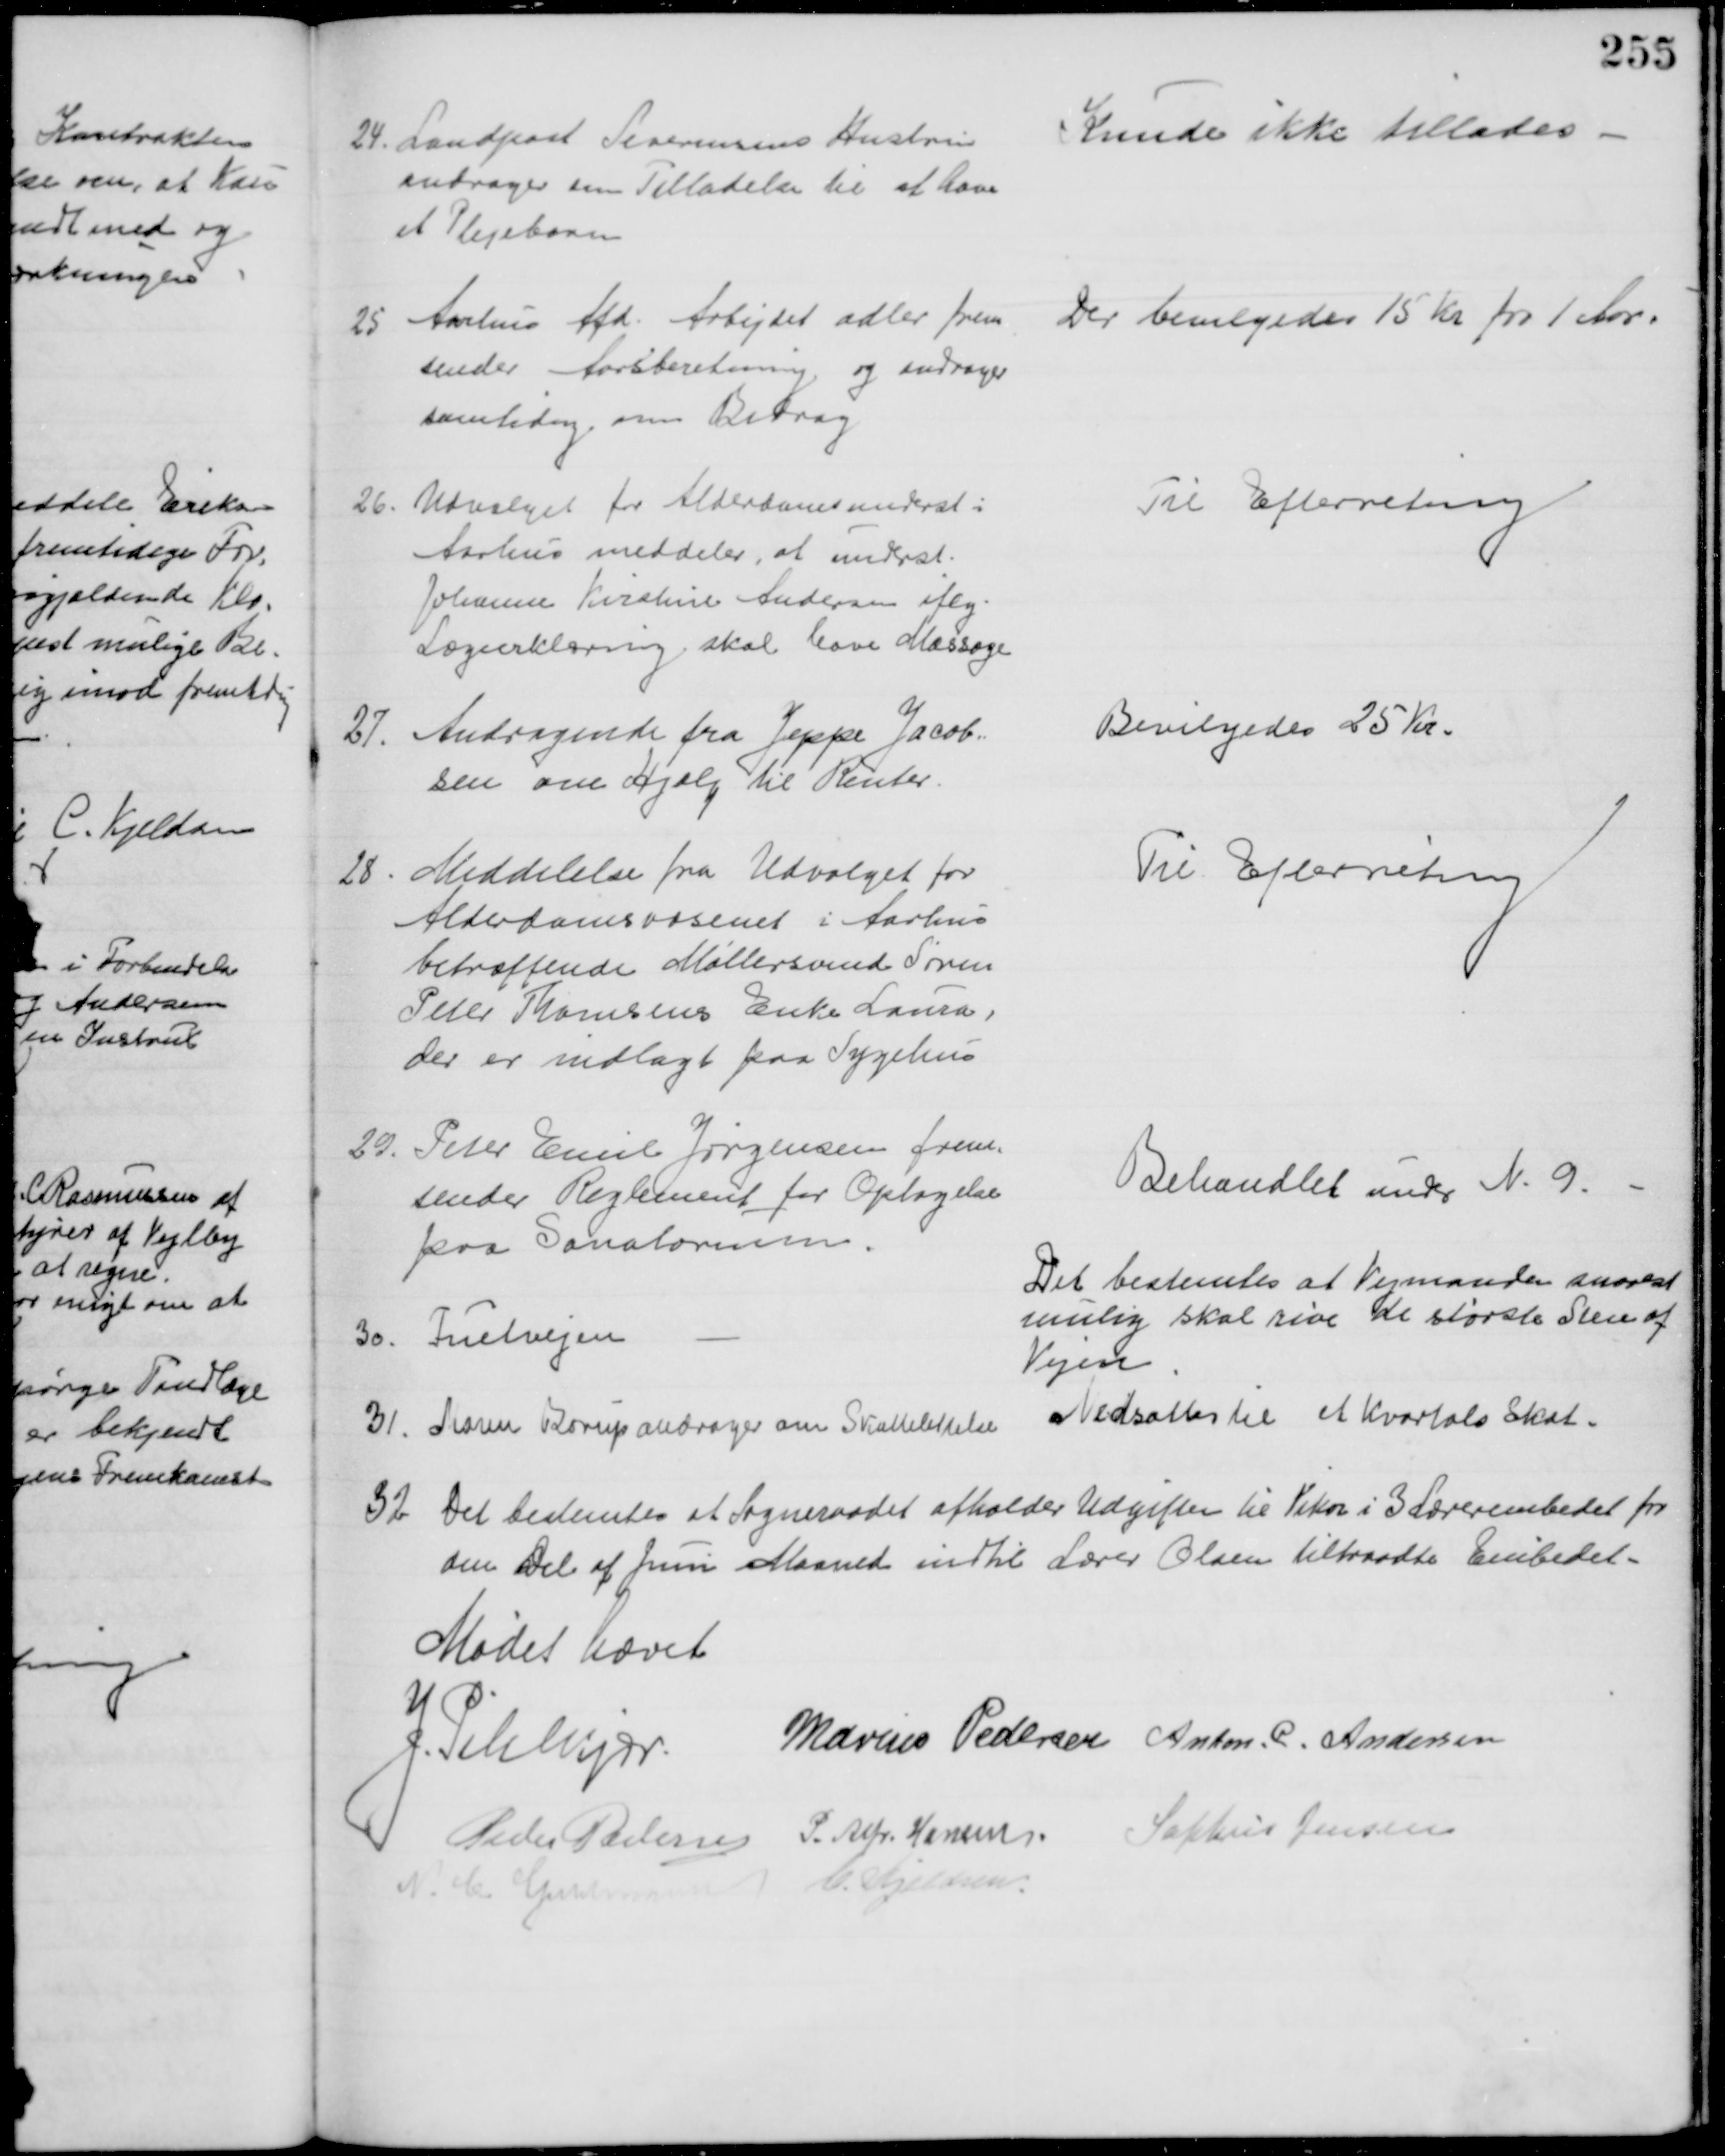
Transskription:
24. Landpost Severinsens Hustru
andrager om Tilladelse til at have
et Plejebarn
Kunde ikke tillades
25 Aarhus Afd. Arbejdet adler frem
sender Aarsberetning og andrager
samtidig om Bidrag
Der bevilgedes 15 Kr for 1 Aar.
26.
Udvalget for Alderdomsunderst i
Aarhus meddeler, at underst.
Johanne Kirstine Andersen iflg.
Lægeerklæring skal have Massage
Til Efterretning
27.
Andragende fra Jeppe Jacob=
sen om Hjælp til Renter.
Bevilgedes 25 Kr.
28
Meddelelse fra Udvalget for
Alderdomsvæsenet i Aarhus
betræffende Møllersvend Søren
Peter Thomsens Enke Laura,
der er indlagt paa Sygehus
Til Efterretning
29.
Peter Emil Jørgensen frem-
sender Reglement for Optagelse
paa Sanatorium.
Behandlet under N. 9.
30.
Fuetvejen
Det bestemtes at Formanden snarest
mulig skal rive de største Sten af
Vejen
31. Maren Borup andrager om Skattelettelse
Nedsattes til et Kvartals Skat.
32. Det bestemtes at Sogneraadet afholder Udgifter til Vikar i 3 Lærerembedet for 
den Del af Juni Maaned indtil Lærer Olsen tiltraadte Embedet
Mødet hævet
J. Pihlkjær.
Marius Pedersen Anton. C. Andersen
Peder Pedersen P. Alfr. Hansen Sophus Jensen
N. C. Guldmann
C. Kjeldsen